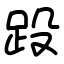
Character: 䟝